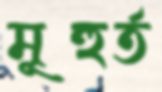
মূহুর্ত